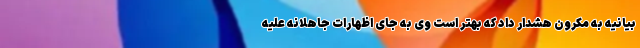
بیانیه به مکرون هشدار داد که بهتر است وی به جای اظهارات جاهلانه علیه